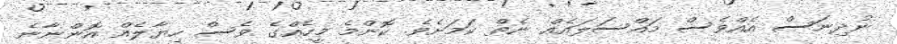
ނުދިނަސް އެއްވެސް މައްސަލައެއް ނެތް ކަމަށެވެ. ކޮންމެ މީހެއްގެ ވެސް ހިޔާލެއް އޮންނާނެ